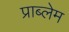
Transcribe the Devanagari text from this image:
प्राब्लेम